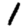
Digit: 1